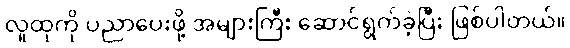
လူထုကို ပညာပေးဖို့ အများကြီး ဆောင်ရွက်ခဲ့ပြီး ဖြစ်ပါတယ်။